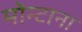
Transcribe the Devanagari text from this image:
मोन्‍टाना